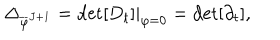
\Delta _ { \overline { { { \varphi } } } ^ { J + 1 } } = \det [ D _ { t } ] | _ { \varphi = 0 } = \det [ \partial _ { t } ] ,